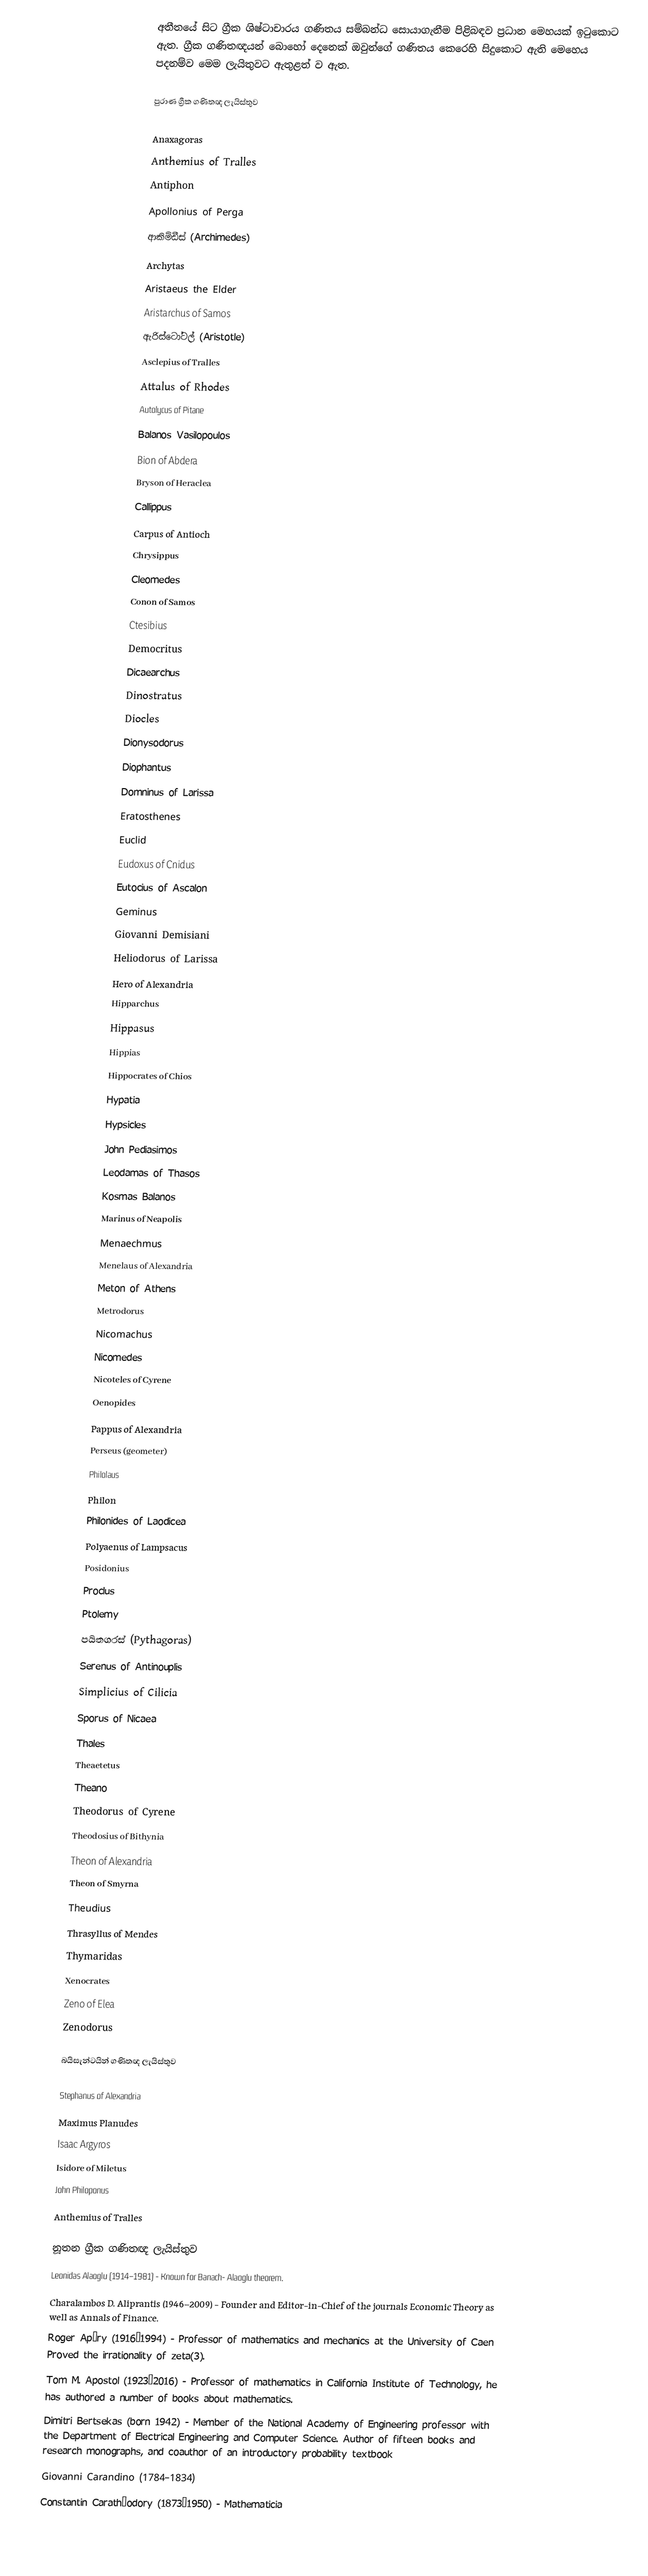
අතීතයේ සිට ග්‍රීක ශිෂ්ටාචාරය ගණිතය සම්බන්ධ සොයාගැනීම පිළිබඳව ප්‍රධාන මෙහයක් ඉටුකොට ඇත. ග්‍රීක ගණිතඥයන් බොහෝ දෙනෙක් ඔවුන්ගේ ගණිතය කෙරෙහි සිදුකොට ඇති මෙහෙය පදනම්ව මෙම ලැයිතුවට ඇතුළත් ව ඇත.

පුරාණ ග්‍රීක ගණිතඥ ලැයිස්තුව

Anaxagoras
Anthemius of Tralles
Antiphon
Apollonius of Perga
ආකිමිඩීස් (Archimedes)
Archytas
Aristaeus the Elder
Aristarchus of Samos
ඇරිස්ටෝටල් (Aristotle)
Asclepius of Tralles
Attalus of Rhodes
Autolycus of Pitane
Balanos Vasilopoulos
Bion of Abdera
Bryson of Heraclea
Callippus
Carpus of Antioch
Chrysippus
Cleomedes
Conon of Samos
Ctesibius
Democritus
Dicaearchus
Dinostratus
Diocles
Dionysodorus
Diophantus
Domninus of Larissa
Eratosthenes
Euclid
Eudoxus of Cnidus
Eutocius of Ascalon
Geminus
Giovanni Demisiani
Heliodorus of Larissa
Hero of Alexandria
Hipparchus
Hippasus
Hippias
Hippocrates of Chios
Hypatia
Hypsicles
John Pediasimos
Leodamas of Thasos
Kosmas Balanos
Marinus of Neapolis
Menaechmus
Menelaus of Alexandria
Meton of Athens
Metrodorus
Nicomachus
Nicomedes
Nicoteles of Cyrene
Oenopides
Pappus of Alexandria
Perseus (geometer)
Philolaus
Philon
Philonides of Laodicea
Polyaenus of Lampsacus
Posidonius
Proclus
Ptolemy
පයිතගරස් (Pythagoras)
Serenus of Antinouplis
Simplicius of Cilicia
Sporus of Nicaea
Thales
Theaetetus
Theano
Theodorus of Cyrene
Theodosius of Bithynia
Theon of Alexandria
Theon of Smyrna
Theudius
Thrasyllus of Mendes
Thymaridas
Xenocrates
Zeno of Elea
Zenodorus

බයිසැන්ටයින් ගණිතඥ ලැයිස්තුව

Stephanus of Alexandria
Maximus Planudes
Isaac Argyros
Isidore of Miletus
John Philoponus
Anthemius of Tralles

නූතන ග්‍රීක ගණිතඥ ලැයිස්තුව
Leonidas Alaoglu (1914–1981) - Known for Banach- Alaoglu theorem.
Charalambos D. Aliprantis (1946–2009) - Founder and Editor-in-Chief of the journals Economic Theory as well as Annals of Finance.
Roger Apéry (1916–1994) - Professor of mathematics and mechanics at the University of Caen Proved the irrationality of zeta(3).
Tom M. Apostol (1923–2016) - Professor of mathematics in California Institute of Technology, he has authored a number of books about mathematics.
Dimitri Bertsekas (born 1942) - Member of the National Academy of Engineering professor with the Department of Electrical Engineering and Computer Science. Author of fifteen books and research monographs, and coauthor of an introductory probability textbook
Giovanni Carandino (1784–1834)
Constantin Carathéodory (1873–1950) - Mathematicia